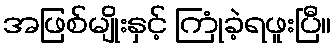
အဖြစ်မျိုးနှင့် ကြုံခဲ့ရဖူးပြီ။